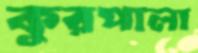
কুরপালা